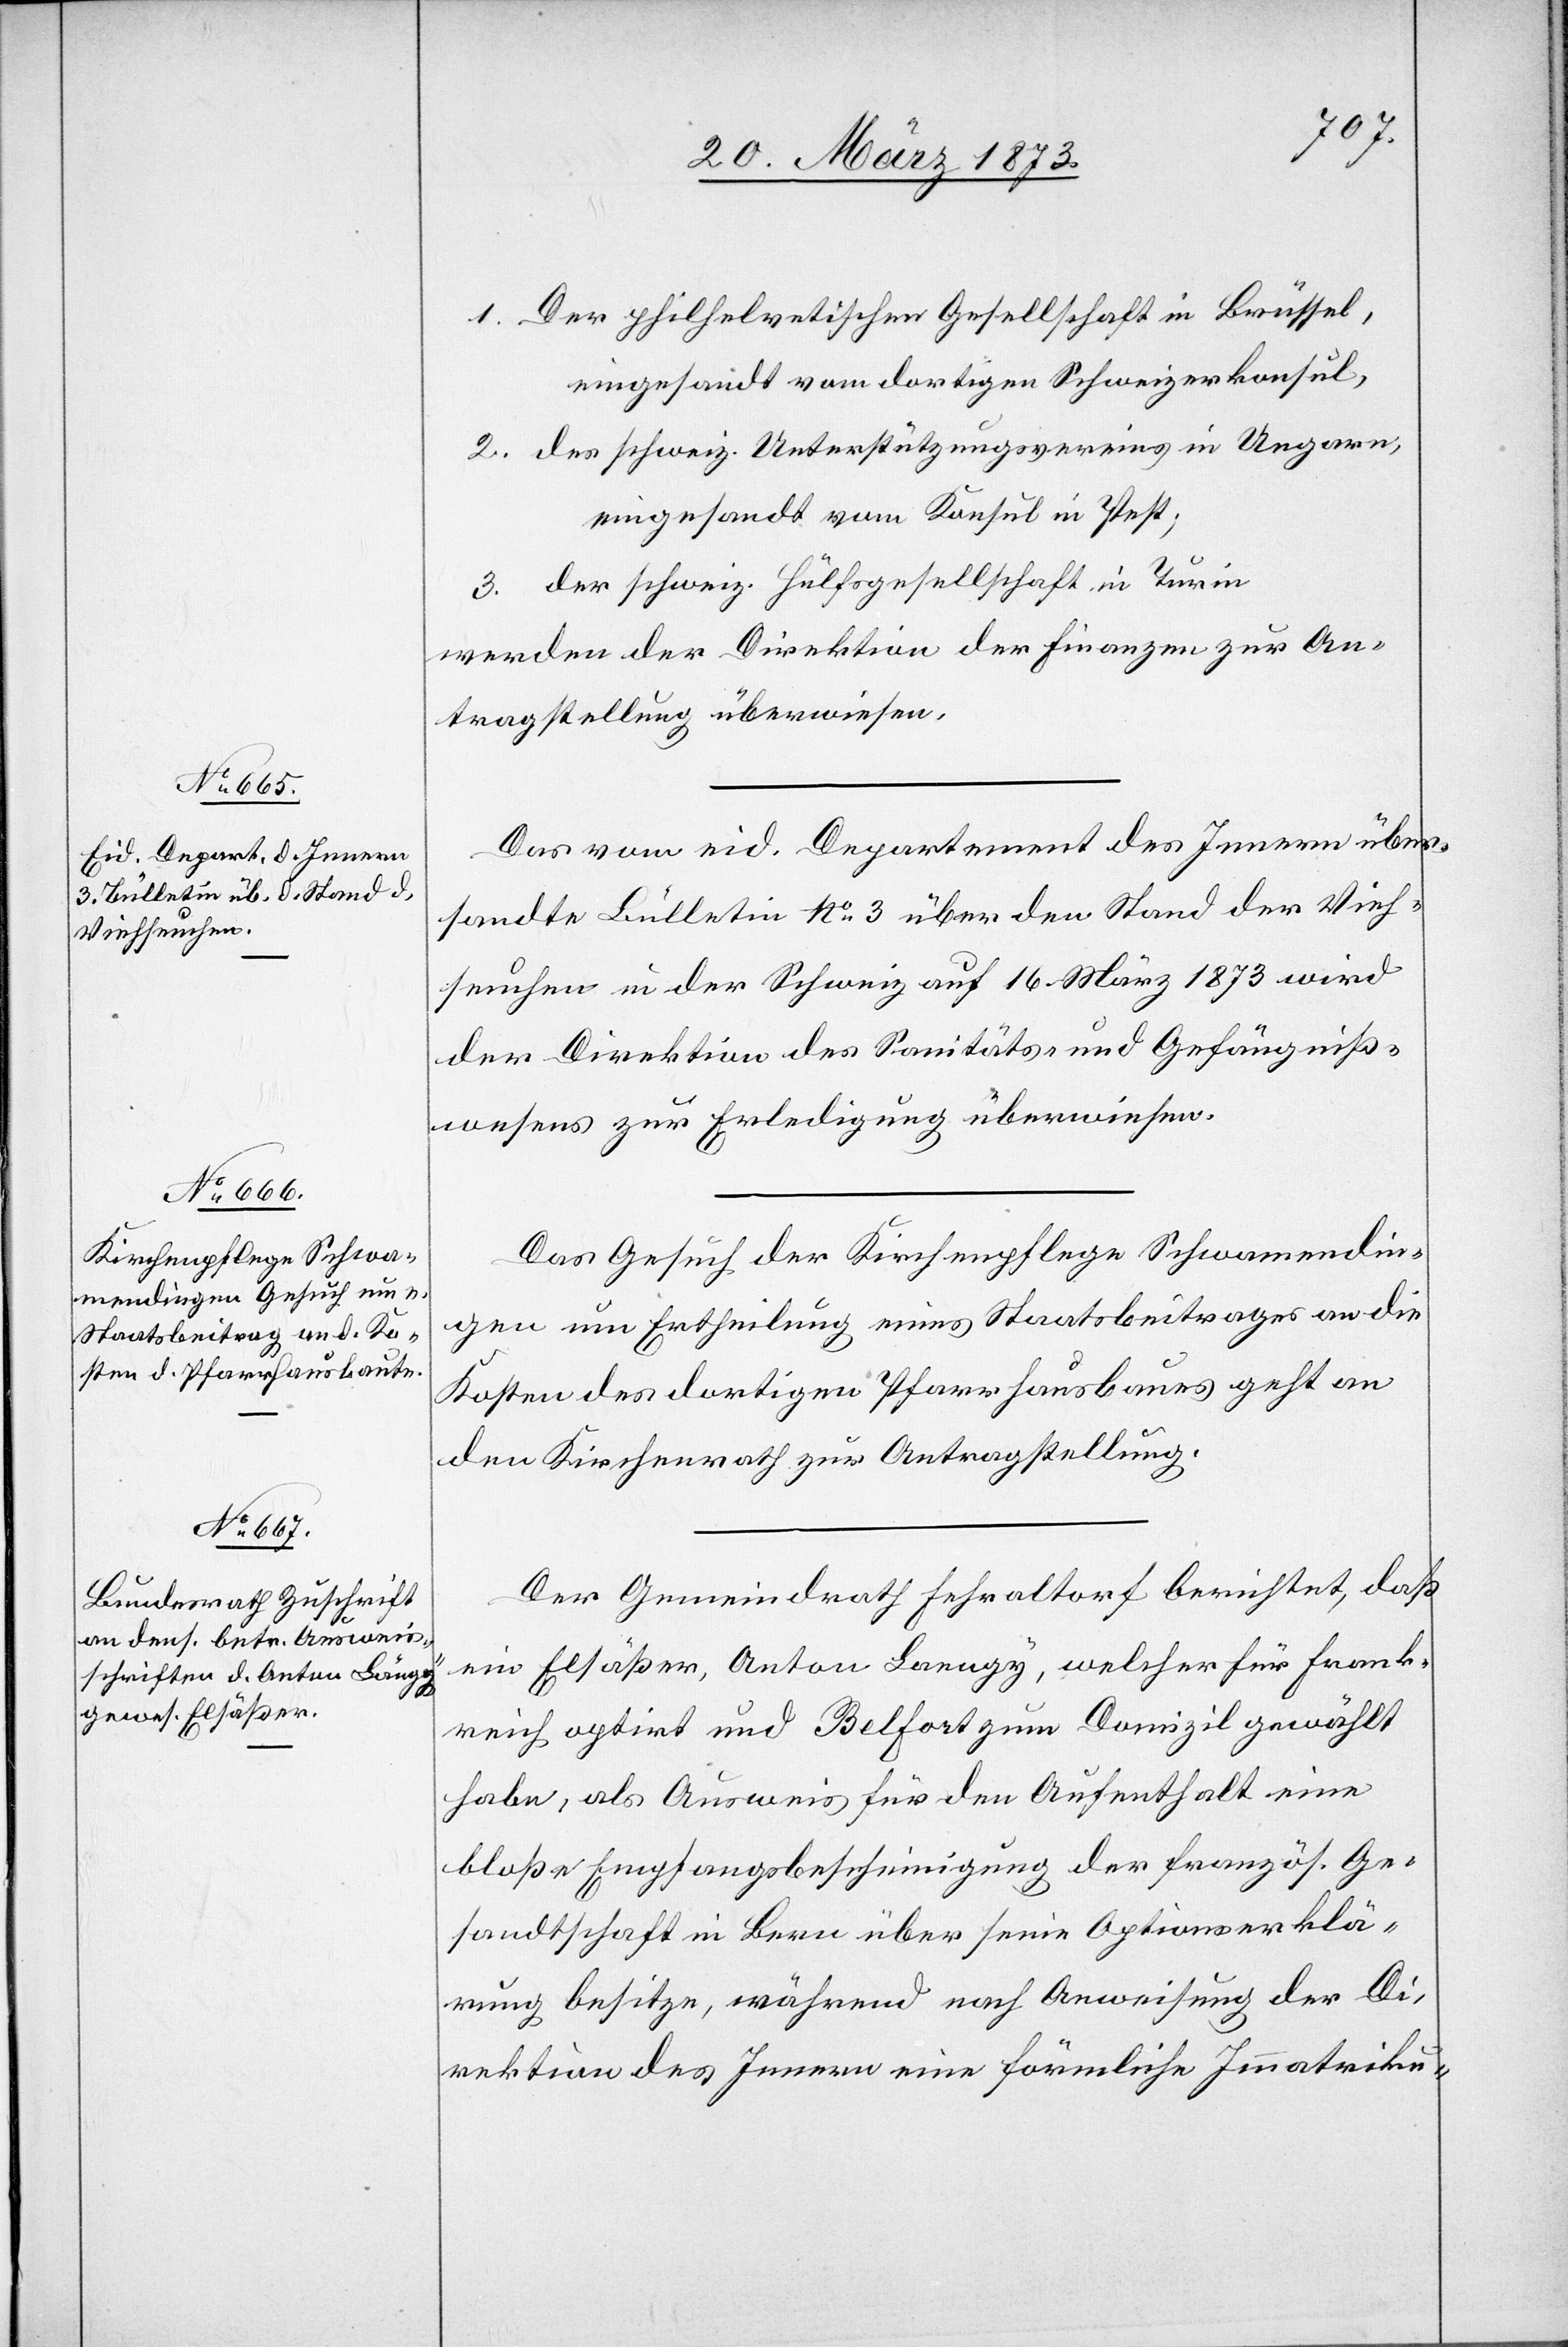
20. März 1873.]
1. Der philhelvetischen Gesellschaft in Brüssel,
eingesandt vom dortigen Schweizerkonsul,
2. des schweiz. Unterstützungsvereins in Ungarn,
eingesandt vom Konsul in Pest;
3. der schweiz. Hülfsgesellschaft in Turin
werden der Direktion der Finanzen zur An¬
tragstellung überwiesen.
Das vom eid. Departement des Innern über¬
sandte Bülletin No. 3 über den Stand der Vieh¬
seuchen in der Schweiz auf 16. März 1873 wird
der Direktion des Sanitäts- und Gefängniß¬
wesens zur Erledigung überwiesen.
Das Gesuch der Kirchenpflege Schwamendin¬
gen um Ertheilung eines Staatsbeitrages an die
Kosten des dortigen Pfarrhausbaues geht an
den Kirchenrath zur Antragstellung.
Der Gemeindrath Fehraltorf berichtet, daß
ein Elsäßer, Anton Laengy [sic!], welcher für Frank¬
reich optirt und Belfort zum Domizil gewählt
habe, als Ausweis für den Aufenthalt eine
bloße Empfangsbescheinigung der französ. Ge¬
sandtschaft in Bern über seine Optionserklä¬
rung besitze, während nach Anweisung der Di¬
rektion des Innern eine förmliche Immatriku-